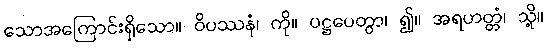
သောအကြောင်းရှိသော။ ဝိပဿနံ၊ ကို။ ပဋ္ဌပေတွာ၊ ၍။ အရဟတ္တံ၊ သို့။